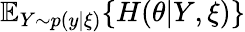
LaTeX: \mathbb{E}_{Y\sim p(y|\xi)}\{ H(\theta|Y,\xi)\}